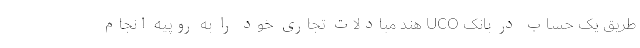
طریق یک حساب در بانک UCO هند مبادلات تجاری خود را به روپیه انجام